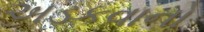
અડકવાનો